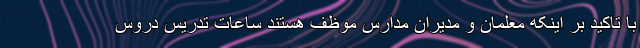
با تاکید بر اینکه معلمان و مدیران مدارس موظف هستند ساعات تدریس دروس